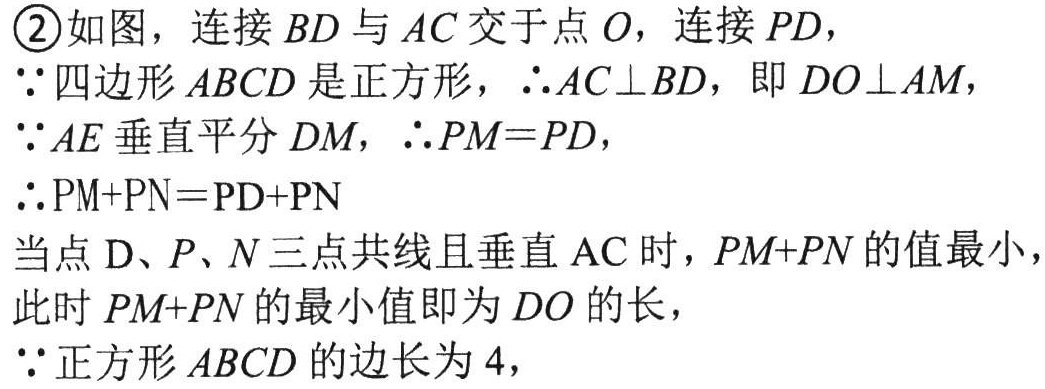
\textcircled{2}如图，连接 \(BD\) 与 \(AC\) 交于点 \(O\)，连接 \(PD\)，
\(\because\)四边形 \(ABCD\) 是正方形，\(\therefore AC\perp BD\)，即 \(DO\perp AM\)，
\(\because AE\) 垂直平分 \(DM\)，\(\therefore PM = PD\)，
\(\therefore \text{PM}+\text{PN}=\text{PD}+\text{PN}\)
当点 \(\text{D}、P、N\) 三点共线且垂直 \(\text{AC}\) 时，\(PM + PN\) 的值最小，
此时 \(PM + PN\) 的最小值即为 \(DO\) 的长，
\(\because\)正方形 \(ABCD\) 的边长为 \(4\)，